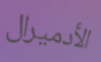
الأدميرال